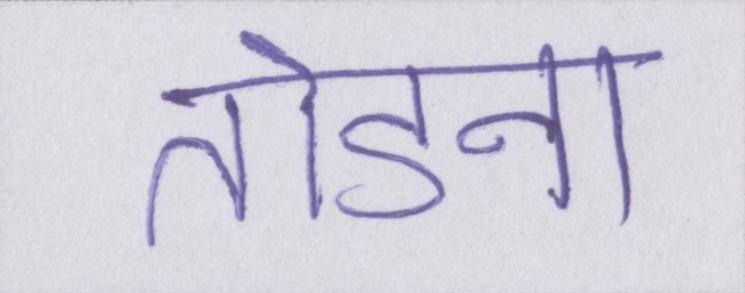
तोडना